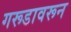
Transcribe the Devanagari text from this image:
गरूडावरून